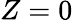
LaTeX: Z=0